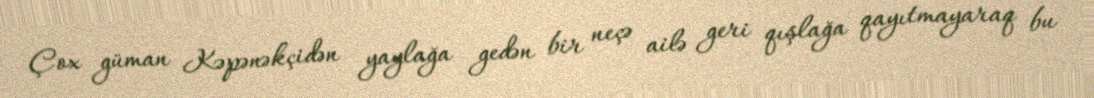
Çox güman Kəpənəkçidən yaylağa gedən bir neçə ailə geri qışlağa qayıtmayaraq bu